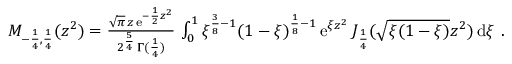
\begin{array} { r } { M _ { - \frac { 1 } { 4 } , \frac { 1 } { 4 } } ( z ^ { 2 } ) = \frac { \sqrt { \pi } \, z \, \mathrm { e } ^ { - \frac { 1 } { 2 } z ^ { 2 } } } { 2 ^ { \frac { 5 } { 4 } } \, \Gamma ( \frac { 1 } { 4 } ) } \, \int _ { 0 } ^ { 1 } \xi ^ { \frac { 3 } { 8 } - 1 } ( 1 - \xi ) ^ { \frac { 1 } { 8 } - 1 } \, \mathrm { e } ^ { \xi z ^ { 2 } } \, J _ { \frac { 1 } { 4 } } ( \sqrt { \xi ( 1 - \xi ) } z ^ { 2 } ) \, \mathrm { d } \xi \ . } \end{array}